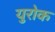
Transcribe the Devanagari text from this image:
युरोक